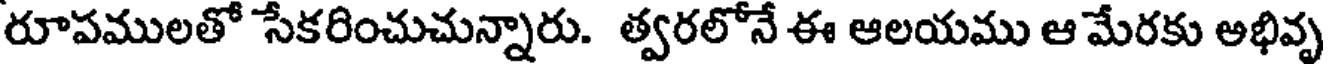
రూపములతో సేకరించుచున్నారు. త్వరలోనే ఈ ఆలయము ఆ మేరకు అభివృ